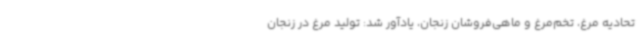
تحادیه مرغ، تخم‌مرغ و ماهی‌فروشان زنجان، یادآور شد: تولید مرغ در زنجان